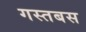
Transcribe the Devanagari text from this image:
गस्तबस